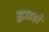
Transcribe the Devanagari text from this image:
ह्वाङहो